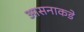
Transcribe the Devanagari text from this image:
आसनाकडे